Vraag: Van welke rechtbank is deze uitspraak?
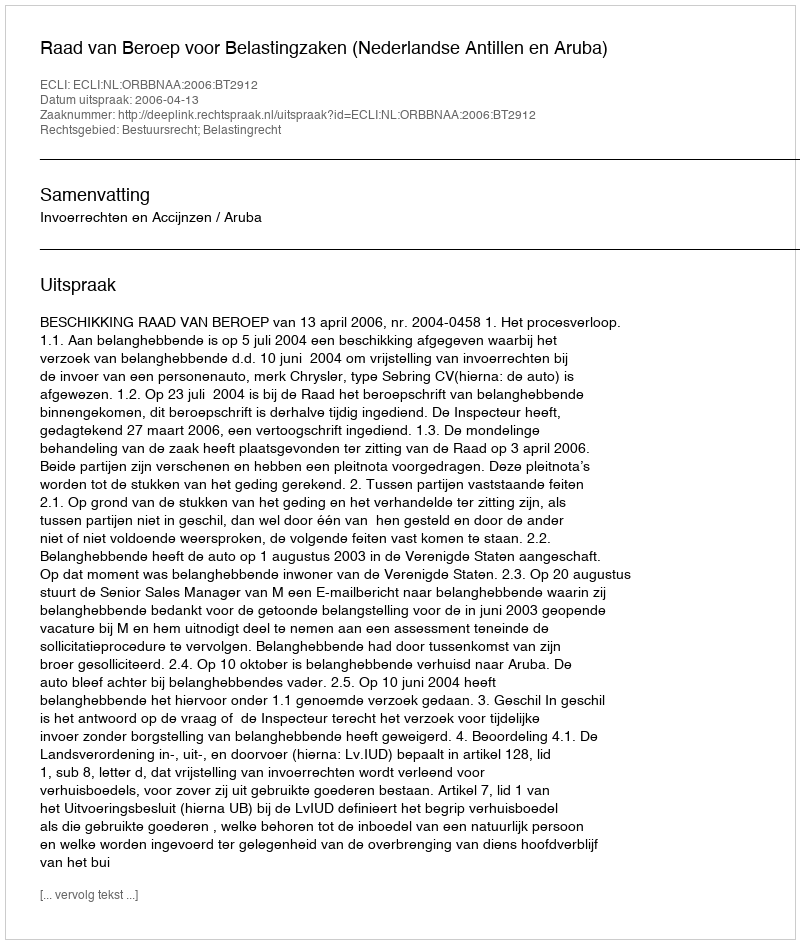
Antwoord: Raad van Beroep voor Belastingzaken (Nederlandse Antillen en Aruba)